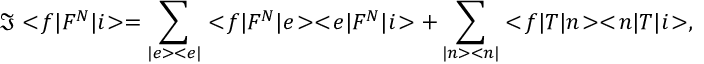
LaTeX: \Im < \! f | F ^ { N } | i \! > = \sum _ { | e > < e | } < \! f | F ^ { N } | e \! > < \! e | F ^ { N } | i \! > + \sum _ { | n > < n | } < \! f | T | n \! > < \! n | T | i \! > ,